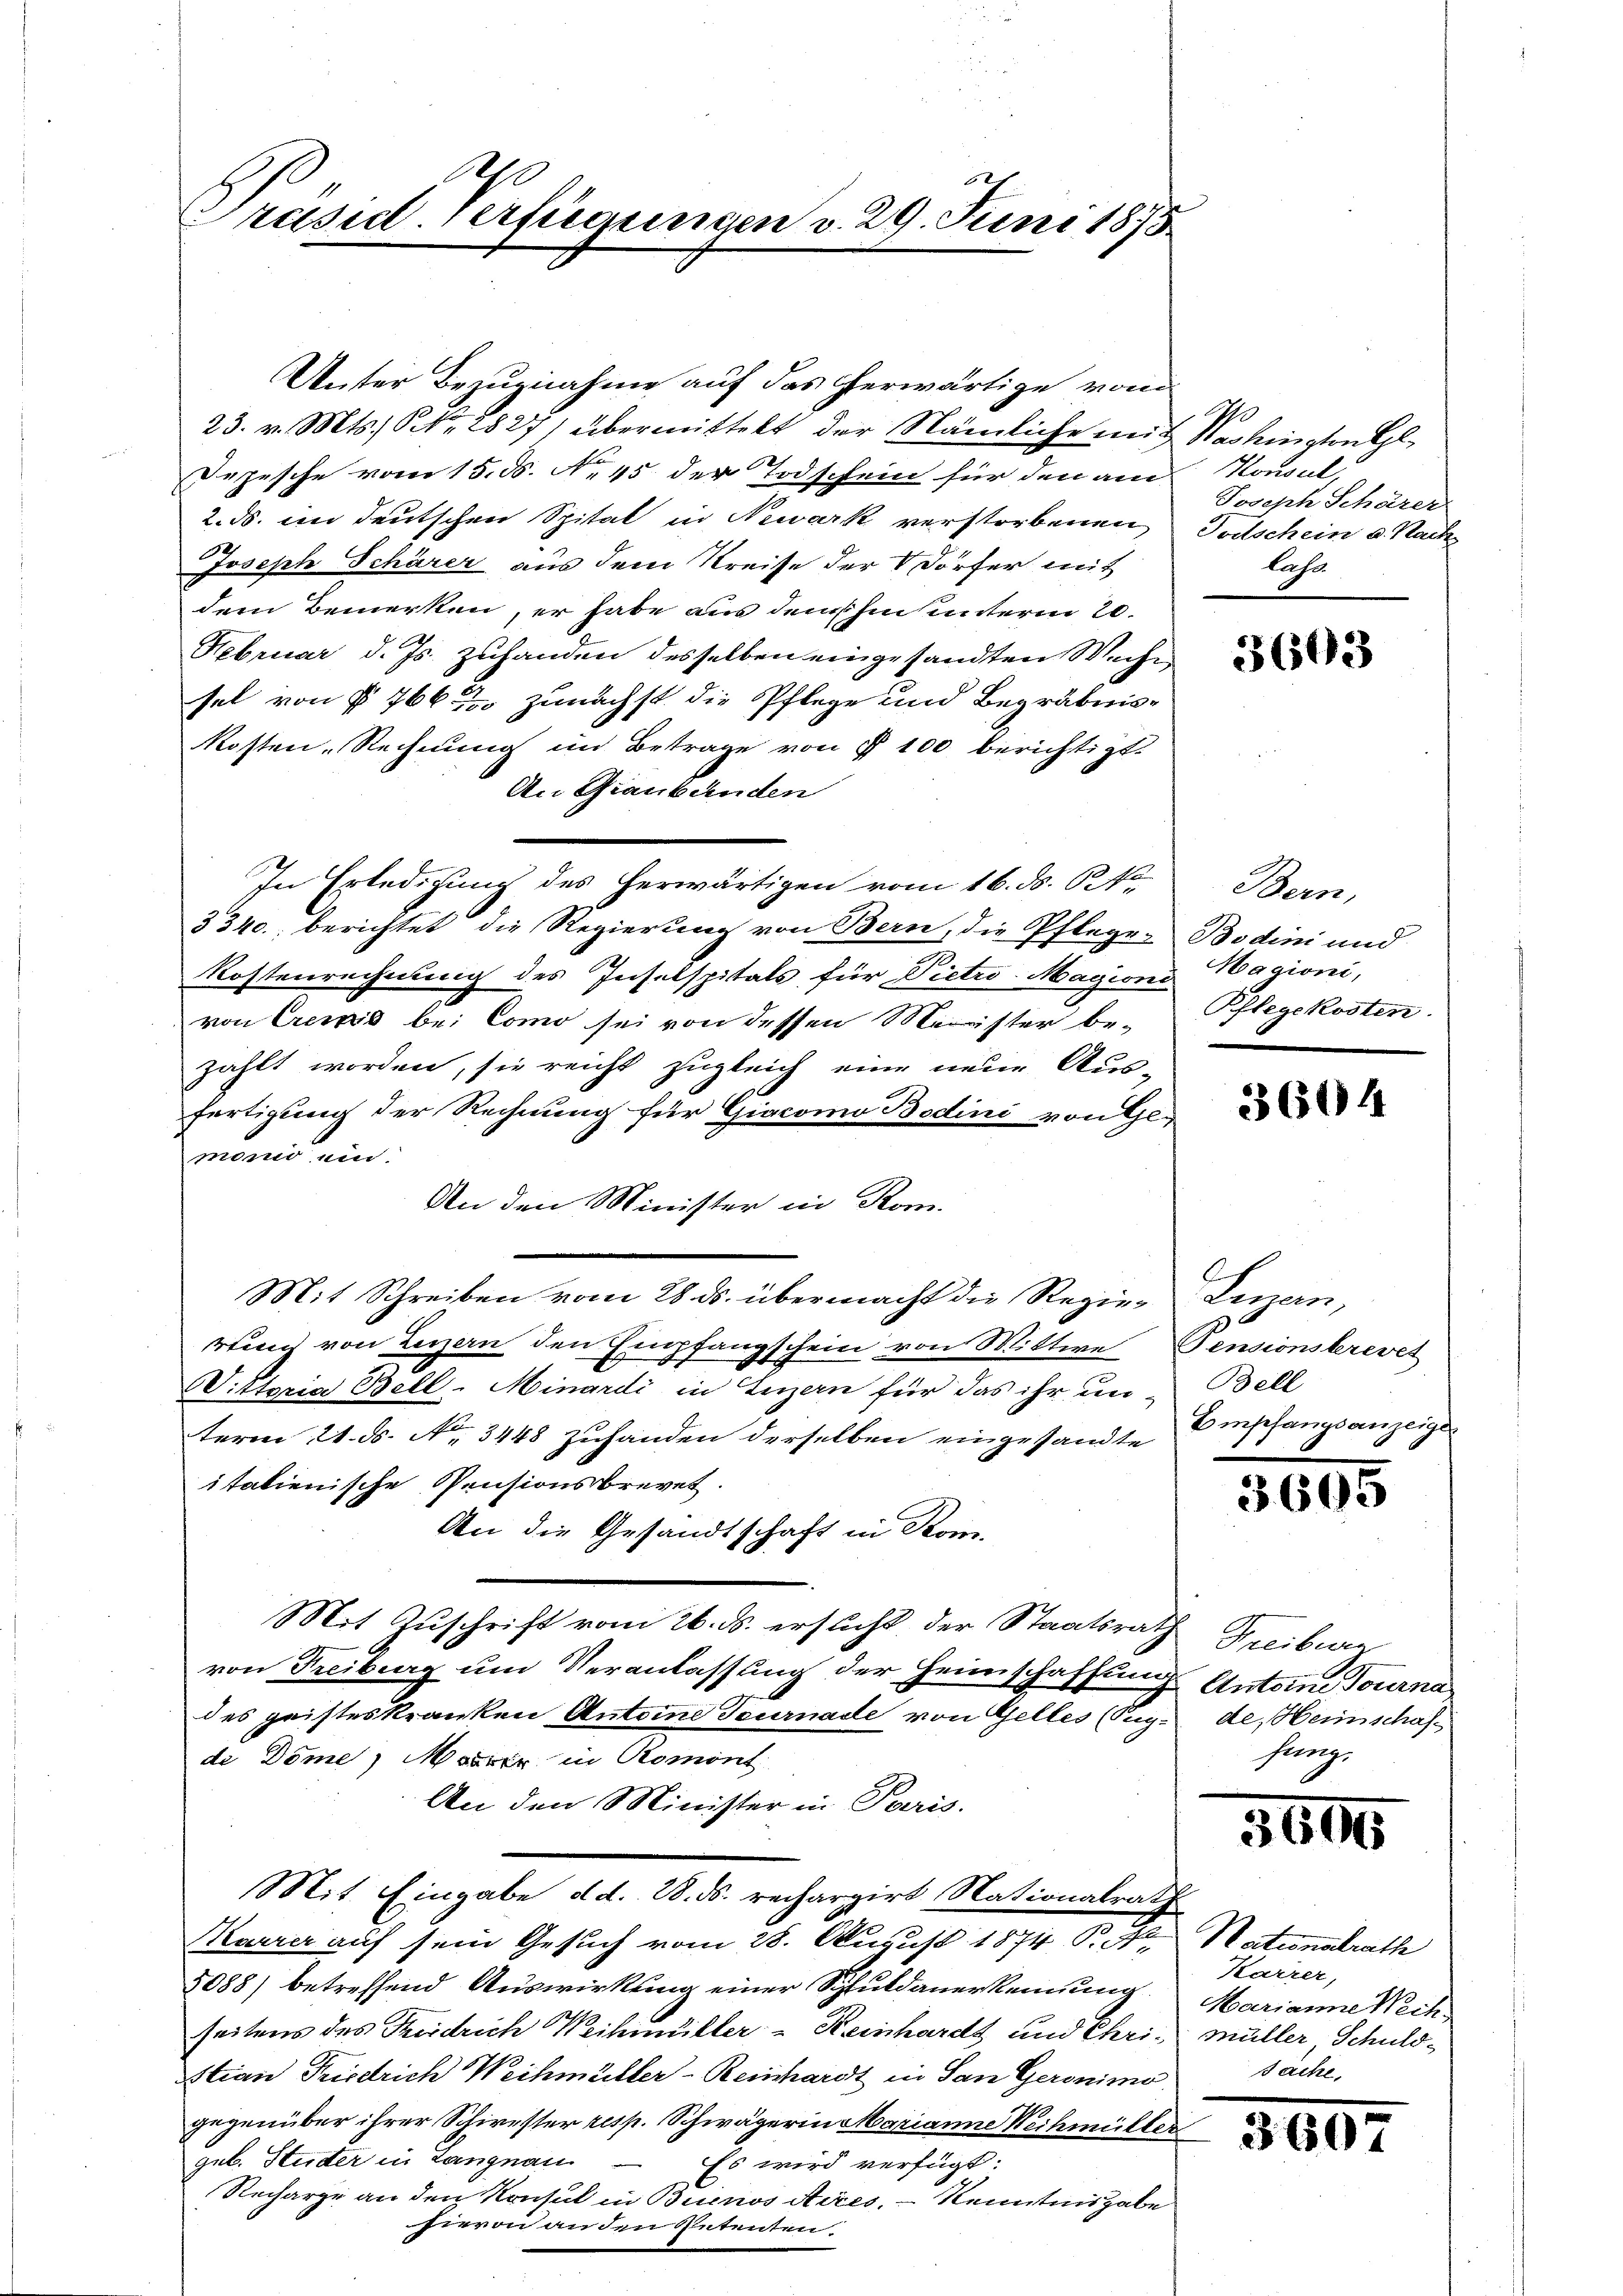
Ah
5
Präsid. Verfügungen v. 29. Juni 1873

Unter Bezugnahme auf das herwärtige vom
23. v. Mts. Nr. 2827) übermittelt der Nämliche mit Nachington Gl
Depesche vom 15. ds. No. 45 der Todschein für den am Konsul,
2. ds. im deutschen Spital in Newark verstorbenen Todschein a. Nach
Joseph Schärer aus dem Kreise der Dörfer mit
dem Bemerken, er habe aus dem hus unterm 20.
Februar d. Js. zuhanden desselben eingesandten Woche
sel von § 766 zunächst die Pflege und Begräbniskosten-Rechnung im Betrage von § 100 berichtigt.
An Graubünden
In Erledigung des herwärtigen vom 16. ds. B. fo
3340. berichtet die Regierung von Bern, die Pfleger Bodini und
.
Kostenrechnung des Inselspitals für Dietro Magions agioni,
von Crems bei Como sei von dessen Meister be- Pflegekosten.
zahlt worden, sie reicht zugleich eine neue Aus-
fertigung der Rechnung für Giacomo Bodini von Ge-
moni um
An den Minister in Rom.
Mit Schreiben vom 28. ds. übermacht die Regie- Luzern,
rtung von Luzern den Empfangschein von Mittwe Pensionskrevet
Wittoria Bell-Minardi in Luzern für das ihr un-Bell
term 21. ds. No. 3448 zuhanden derselben eingesandte Empfangsanzeige
itatienische Pensionsbrevet.
An die Gesandtschaft in Rom.
Mit Zuschrift vom 26. ds. ersucht, der Staatsrath
von Freiburg um Veranlassung der Heimschaffung Antone Tourna
des geisteskranken Antone Teurnade von Gelles (Tug- de, Heimschafde Dome Masser in Romont
An den Minister in Paris.
Mit Eingabe d.d. 28. ds. rechargirt Nationalrath
Marrer auf sein Gesuch vom 28. August 1874 P. M. Nationalrath
8088) betreffend Auswirkung einer Schuldauerkennung. Marianne Weih
seitens des Treidrich Weihmüller - Reinhardt und Chri, Müller, Schuldstian Friedrich Weihmüller-Reinhardt in San Geronimo
gegenüber ihrer Schirrster resp. Schwägerin Marianne Wechmüller
geb. Studer in Langnau
Es wird verfügt:
Recharge an den Konsul in Buenos Aires, Kenntnis habe
hievon an den Petenten.

10
Joseph Schärer
lass

3603

Bern,

3604

B

0

Freiberen
sung.

5600

360

Karrer,
Sache,